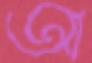
আ